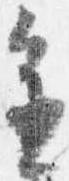
進